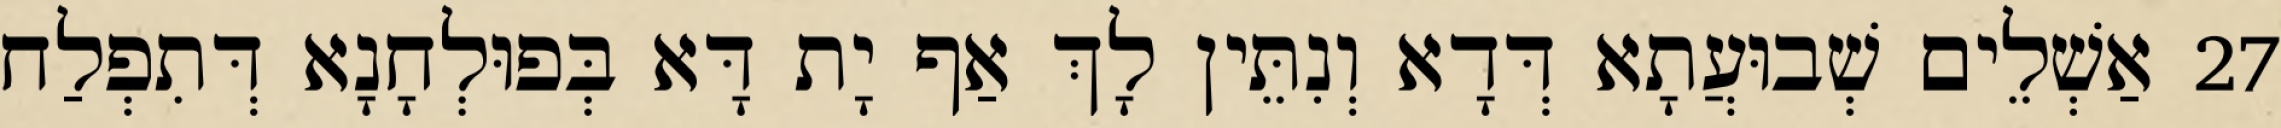
27 אַשְׁלֵים שְׁבוּעֲתָא דְּדָא וְנִתֵּין לָךְ אַף יָת דָּא בְּפוּלְחָנָא דְּתִפְלַח